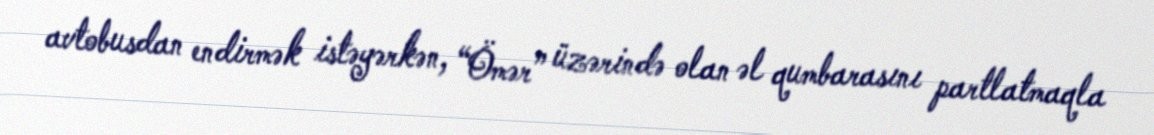
avtobusdan endirmək istəyərkən, “Ömər” üzərində olan əl qumbarasını partlatmaqla